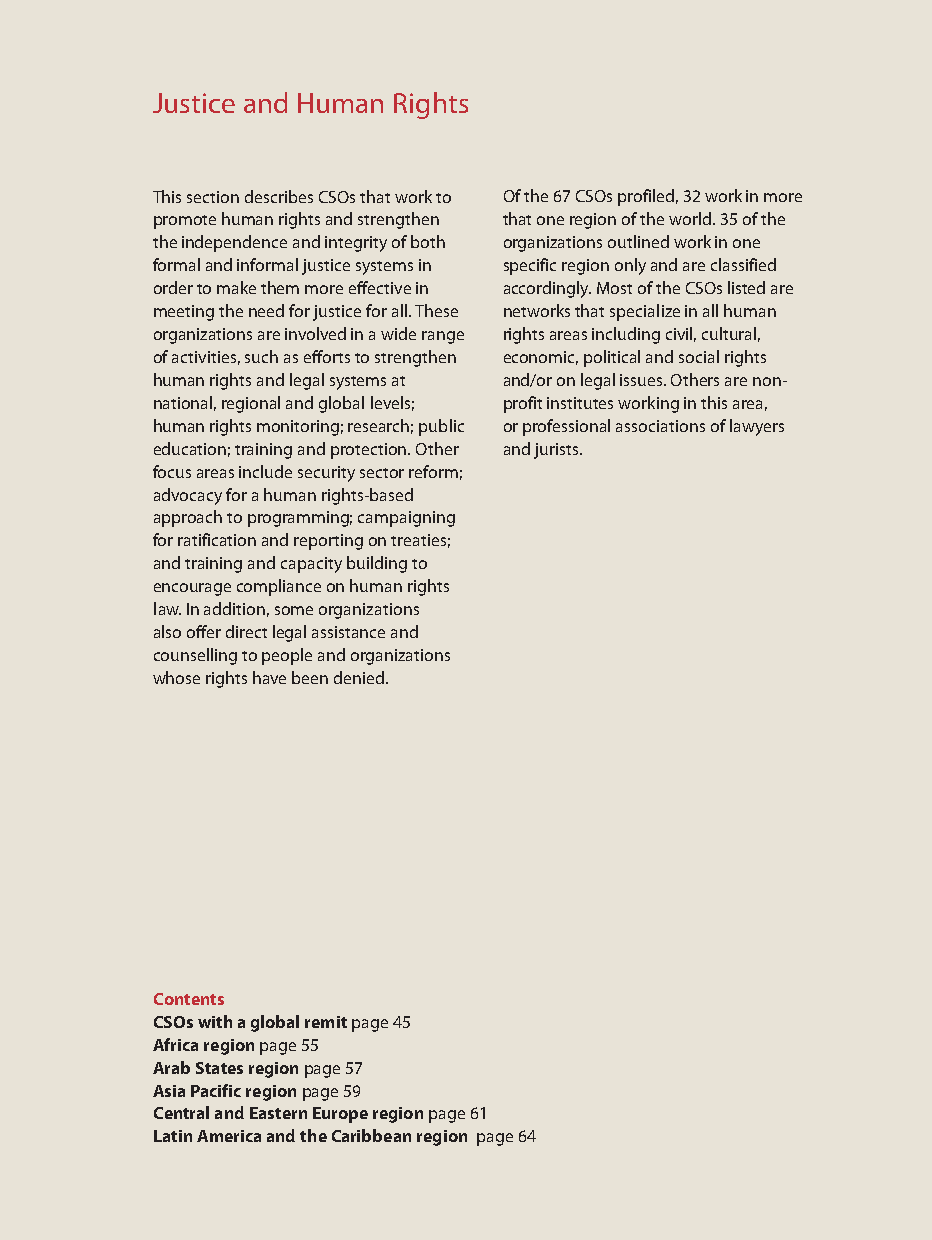
Justice and Human Rights
 This section describes CSOs that work to Of the 67 CSOs profiled, 32 work in more
 promote human rights and strengthen that one region of the world. 35 of the
 the independence and integrity of both organizations outlined work in one
 formal and informal justice systems in specific region only and are classified
 order to make them more effective in accordingly. Most of the CSOs listed are
 meeting the need for justice for all. These networks that specialize in all human
 organizations are involved in a wide range rights areas including civil, cultural,
 of activities, such as efforts to strengthen economic, political and social rights
 human rights and legal systems at and/or on legal issues. Others are non-
 national, regional and global levels; profit institutes working in this area,
 human rights monitoring; research; public or professional associations of lawyers
 education; training and protection. Other and jurists.
 focus areas include security sector reform;
 advocacy for a human rights-based
 approach to programming; campaigning
 for ratification and reporting on treaties;
 and training and capacity building to
 encourage compliance on human rights
 law. In addition, some organizations
 also offer direct legal assistance and
 counselling to people and organizations
 whose rights have been denied.
 Contents
 CSOs with a global remitpage 45
 Africa region page 55
 Arab States region page 57
 Asia Pacific regionpage 59
 Central and Eastern Europe regionpage 61
 Latin America and the Caribbean region page 64